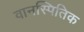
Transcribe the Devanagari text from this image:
वानस्पितिक